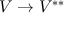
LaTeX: V \to V ^ { * * }